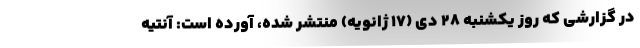
در گزارشی که روز یکشنبه ۲۸ دی (۱۷ ژانویه) منتشر شده، آورده است: آنتیه